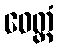
ဝေတ္တံ